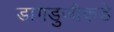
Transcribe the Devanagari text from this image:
डागडुजीकडे